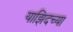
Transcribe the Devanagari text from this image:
याझिदच्या